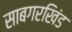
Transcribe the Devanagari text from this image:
साबगरखिंड